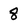
Character: 8